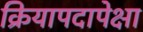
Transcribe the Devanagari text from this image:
क्रियापदापेक्षा